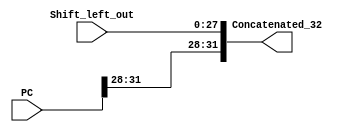
module Concatenate28to32(
    input   wire   [31:0]   PC,
    input   wire   [27:0]   Shift_left_out,
    output  wire   [31:0]   Concatenated_32
);

    assign Concatenated_32 = {PC[31:28], Shift_left_out};

endmodule